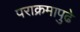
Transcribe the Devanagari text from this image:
पराक्रमापुढे